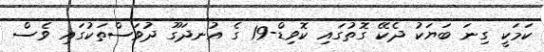
ކަމަކީ ގިނަ ބަޔަކު ދެކޭ ގޮތުގައި ކޮވިޑް-19 ގެ އުނދަގޫ ދުވަސްތަކުގައި ވެސް